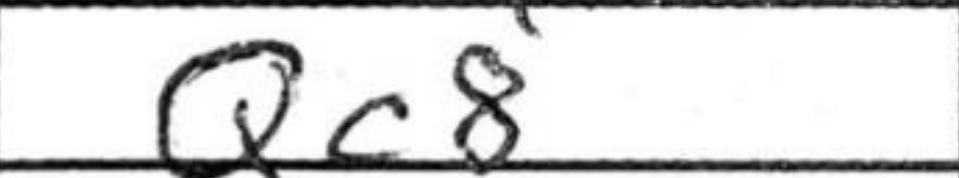
Transcription: Qc8